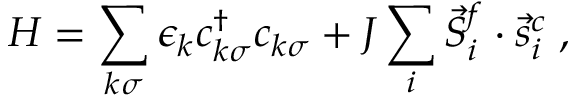
H = \sum _ { k \sigma } \epsilon _ { k } c _ { k \sigma } ^ { \dagger } c _ { k \sigma } + J \sum _ { i } \vec { S } _ { i } ^ { f } \cdot \vec { s } _ { i } ^ { c } \; ,